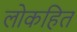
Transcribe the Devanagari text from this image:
लोकहित